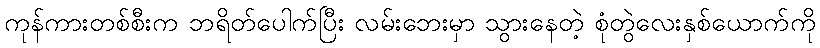
ကုန်ကားတစ်စီးက ဘရိတ်ပေါက်ပြီး လမ်းဘေးမှာ သွားနေတဲ့ စုံတွဲလေးနှစ်ယောက်ကို